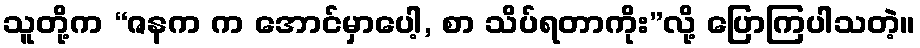
သူတို့က “ဇနက က အောင်မှာပေါ့, စာ သိပ်ရတာကိုး”လို့ ပြောကြပါသတဲ့။